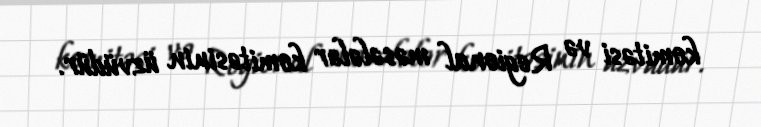
komitəsi və Regional məsələlər komitəsinin üzvüdür.